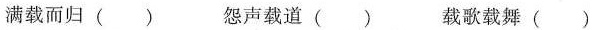
满载而归 () 怨声载道 () 载歌载舞()